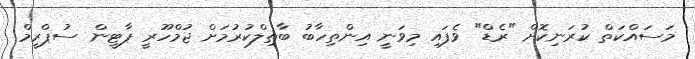
މަސައްކަތް ކުރަނިކޮށް "ރެޑް" ވެފައި މިވަނީ އިންތިހާބު ބާތިލްކުރުމަށް ޖުމްހޫރީ ޕާޓީން ސުޕްރީމް